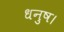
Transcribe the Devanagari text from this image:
धनुष।